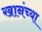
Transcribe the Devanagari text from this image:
खानंच्या